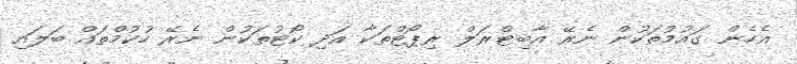
އެހެން ގައުމުތަކުން ނެރޭ އާބިޓްރަލް ރިޕޯޓްތަކާ އަދި ކޯޓުތަކުން ނެރޭ ހުކުމްތައް ބަލައި